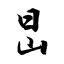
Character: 旵